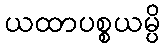
ယထာပစ္စယမ္ပိ